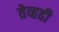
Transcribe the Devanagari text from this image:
तेव्हढी